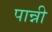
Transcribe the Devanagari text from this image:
पान्नी